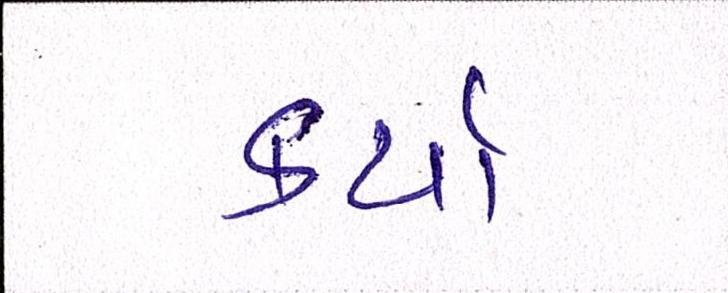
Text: કર્યાં